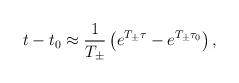
LaTeX: \begin{align*}t-t_0 \approx \frac{1}{T_{\pm}} \left( e^{T_{\pm} \tau} - e^{T_{\pm} \tau_0} \right),\end{align*}